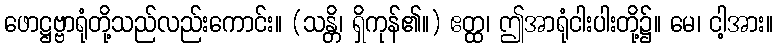
ဖောဋ္ဌဗ္ဗာရုံတို့သည်လည်းကောင်း။ (သန္တိ၊ ရှိကုန်၏။) ဧတ္ထ၊ ဤအာရုံငါးပါးတို့၌။ မေ၊ ငါ့အား။